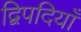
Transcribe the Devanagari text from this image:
द्विपदियाँ